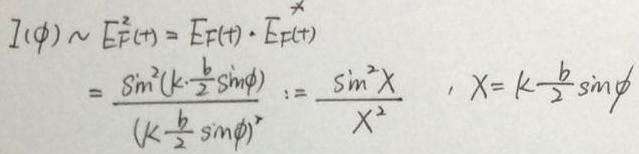
\[
\begin{align*}
I(\phi)&\sim E_{F}^{2}(t)=E_{F}(t)\cdot E_{F}^{*}(t)\\
&=\frac{\sin^{2}(k\cdot\frac{b}{2}\sin\phi)}{(k\frac{b}{2}\sin\phi)^{2}}:=\frac{\sin^{2}X}{X^{2}}\quad,\quad X = k\frac{b}{2}\sin\phi
\end{align*}
\]